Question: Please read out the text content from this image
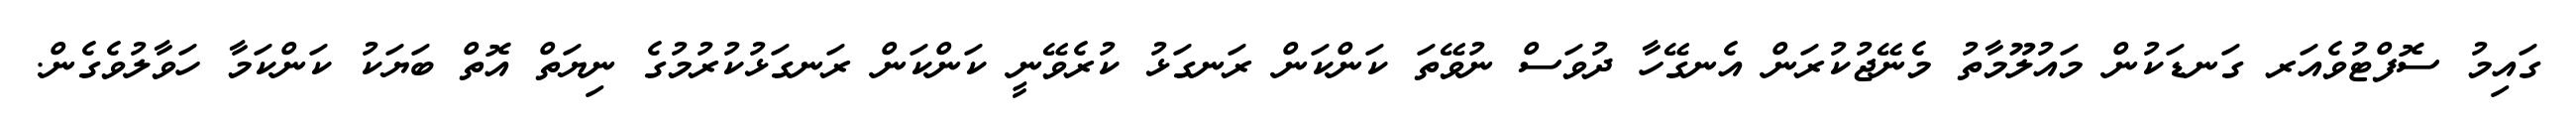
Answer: ގައިމު ސޮފްޓުވެއަރ ގަނޑަކުން މައުލޫމާތު މެނޭޖުކުރަން އެނގޭހާ ދުވަސް ނުވޭތަ ކަންކަން ރަނގަޅު ކުރެވޭނީ ކަންކަން ރަނގަޅުކުރުމުގެ ނިޔަތް އޮތް ބަޔަކު ކަންކަމާ ހަވާލުވެގެން.